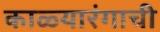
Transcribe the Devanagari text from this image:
काळ्यारंगाची